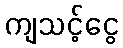
ကျသင့်ငွေ